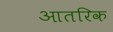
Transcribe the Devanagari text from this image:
आतरिक